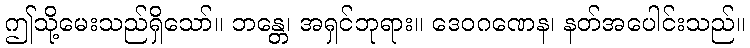
ဤသို့မေးသည်ရှိသော်။ ဘန္တေ၊ အရှင်ဘုရား။ ဒေဝဂဏေန၊ နတ်အပေါင်းသည်။